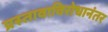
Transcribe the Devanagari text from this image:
प्रस्तावाविरोधानंतर